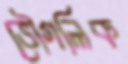
ভৌগলিক